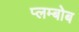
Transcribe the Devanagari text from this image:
प्लम्बोब